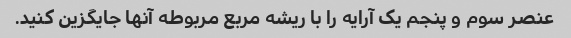
عنصر سوم و پنجم یک آرایه را با ریشه مربع مربوطه آنها جایگزین کنید.